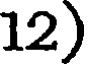
12)